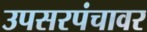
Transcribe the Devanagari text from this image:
उपसरपंचावर